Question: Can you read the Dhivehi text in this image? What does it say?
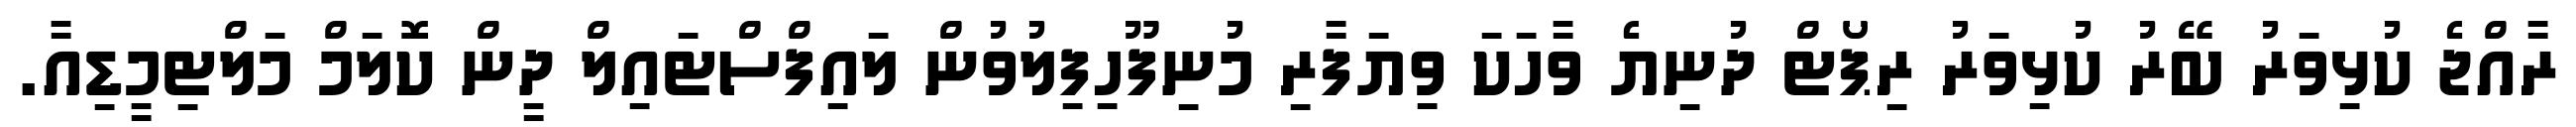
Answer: ރާއްޖެ ކުޅިވަރު ބޭރު ކުޅިވަރު ރިޕޯޓް ދުނިޔެ ވާހަކަ ވިޔަފާރި މުނިފޫހިފިލުވުން ލައިފްސްޓައިލް ދީން ކޮލަމް މަލްޓިމީޑިއާ.